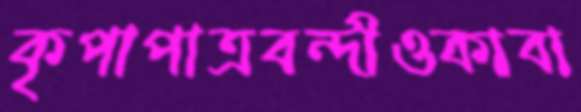
কৃপাপাত্রবন্দীওকাবা